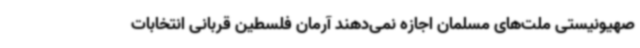
صهیونیستی ملت‌های مسلمان اجازه نمی‌دهند آرمان فلسطین قربانی انتخابات